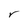
Character: r